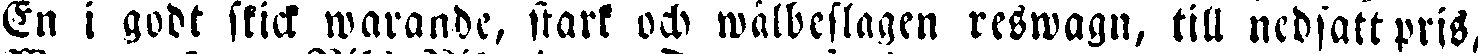
En i godt skick warande, stark och wälbeslagen reswagn, till nedsatt pris,